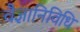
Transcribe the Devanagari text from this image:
वैज्ञानिविधि